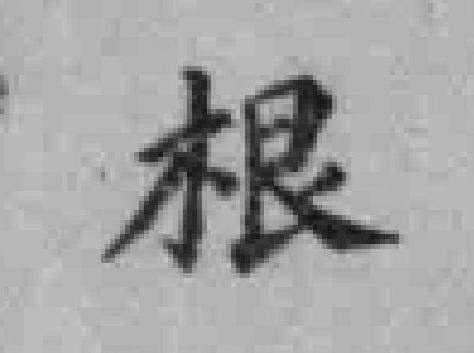
根